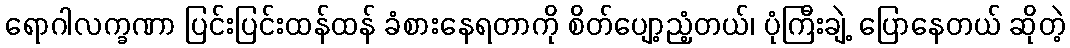
ရောဂါလက္ခဏာ ပြင်းပြင်းထန်ထန် ခံစားနေရတာကို စိတ်ပျော့ညံ့တယ်၊ ပုံကြီးချဲ့ ပြောနေတယ် ဆိုတဲ့